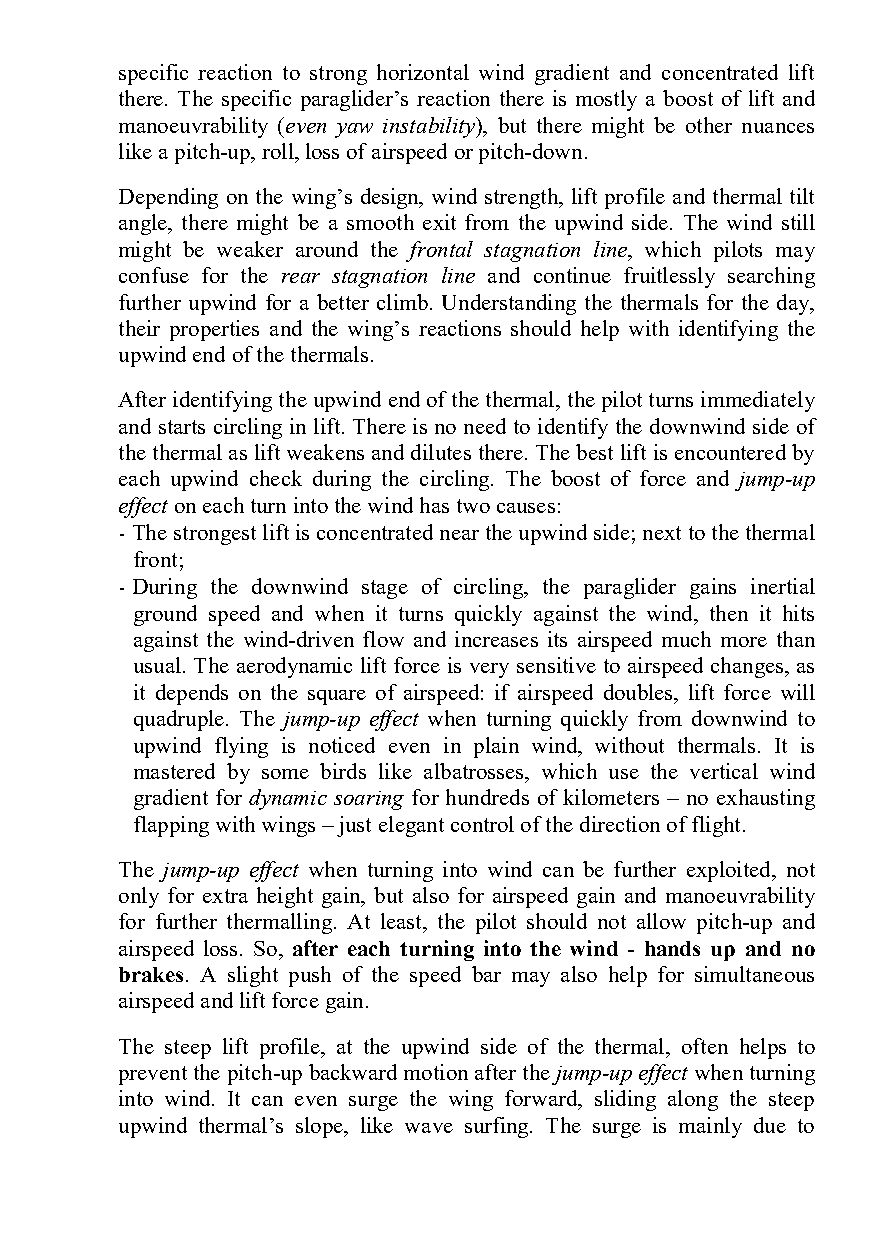
specific reaction to strong horizontal wind gradient and concentrated lift
 there. The specific paraglider’s reaction there is mostly a boost of lift and
 manoeuvrability (even yaw instability), but there might be other nuances
 like a pitch-up, roll, loss of airspeed or pitch-down.
 Depending on the wing’s design, wind strength, lift profile and thermal tilt
 angle, there might be a smooth exit from the upwind side. The wind still
 might be weaker around the frontal stagnation line, which pilots may
 confuse for the rear stagnation line and continue fruitlessly searching
 further upwind for a better climb. Understanding the thermals for the day,
 their properties and the wing’s reactions should help with identifying the
 upwind end of the thermals.
 After identifying the upwind end of the thermal, the pilot turns immediately
 and starts circling in lift. There is no need to identify the downwind side of
 the thermal as lift weakens and dilutes there. The best lift is encountered by
 each upwind check during the circling. The boost of force and jump-up
 effect on each turn into the wind has two causes:
 - The strongest lift is concentrated near the upwind side; next to the thermal
 front;
 - During the downwind stage of circling, the paraglider gains inertial
 ground speed and when it turns quickly against the wind, then it hits
 against the wind-driven flow and increases its airspeed much more than
 usual. The aerodynamic lift force is very sensitive to airspeed changes, as
 it depends on the square of airspeed: if airspeed doubles, lift force will
 quadruple. The jump-up effect when turning quickly from downwind to
 upwind flying is noticed even in plain wind, without thermals. It is
 mastered by some birds like albatrosses, which use the vertical wind
 gradient for dynamic soaring for hundreds of kilometers – no exhausting
 flapping with wings – just elegant control of the direction of flight.
 The jump-up effect when turning into wind can be further exploited, not
 only for extra height gain, but also for airspeed gain and manoeuvrability
 for further thermalling. At least, the pilot should not allow pitch-up and
 airspeed loss. So, after each turning into the wind - hands up and no
 brakes. A slight push of the speed bar may also help for simultaneous
 airspeed and lift force gain.
 The steep lift profile, at the upwind side of the thermal, often helps to
 prevent the pitch-up backward motion after the jump-up effect when turning
 into wind. It can even surge the wing forward, sliding along the steep
 upwind thermal’s slope, like wave surfing. The surge is mainly due to